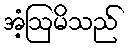
အံ့ဩမိသည်